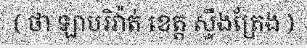
( ថា ឡាបរិវ៉ាត់ ខេត្ត ស្ទឹងត្រែង )